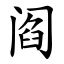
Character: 阎